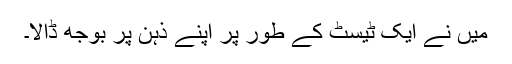
میں نے ایک ٹیسٹ کے طور پر اپنے ذہن پر بوجھ ڈالا۔